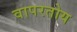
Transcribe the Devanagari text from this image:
वापरतोय